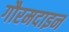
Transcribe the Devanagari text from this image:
गौरमदाइन